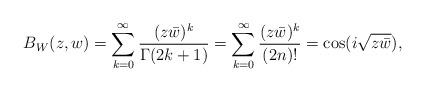
LaTeX: \begin{align*}B_{W}(z,w)=\sum_{k=0}^{\infty}\frac{(z\bar{w})^k}{\Gamma(2k+1)}=\sum_{k=0}^{\infty}\frac{(z\bar{w})^k}{(2n)!}=\cos(i\sqrt{z\bar{w}}),\end{align*}